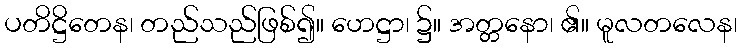
ပတိဋ္ဌိတေန၊ တည်သည်ဖြစ်၍။ ဟေဋ္ဌာ၊ ၌။ အတ္တနော၊ ၏။ မူလတလေန၊